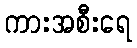
ကားအစီးရေ